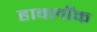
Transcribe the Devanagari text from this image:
हावलॉक